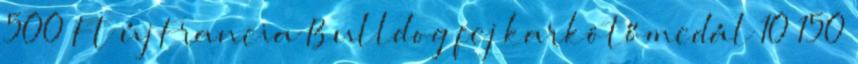
500 Ft új Francia Bulldog fej karkötőmedál 10 150